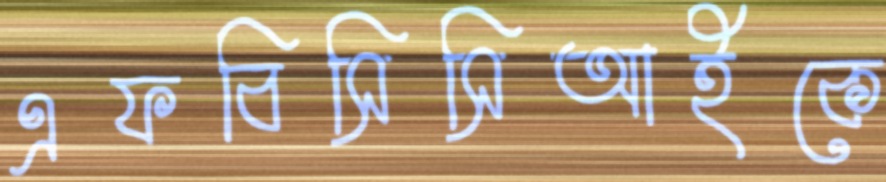
এফবিসিসিআইকে